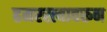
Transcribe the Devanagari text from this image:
हमरस्त्यावरून